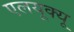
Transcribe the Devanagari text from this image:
एलयूक्यू